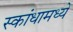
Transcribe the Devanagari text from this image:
स्कांधामध्ये